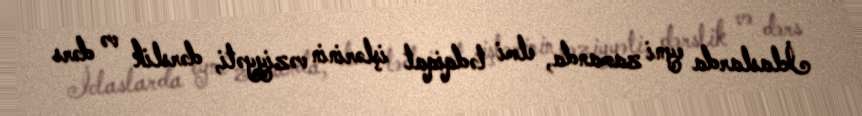
İclaslarda eyni zamanda, elmi tədqiqat işlərinin vəziyyəti, dərslik və dərs